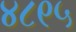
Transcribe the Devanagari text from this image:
४८९५